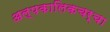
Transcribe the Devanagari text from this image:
अल्पकालिकचर्चा